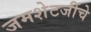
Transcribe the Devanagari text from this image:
जमशेटजींचे